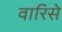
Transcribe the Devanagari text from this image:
वारिसे